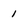
Character: 1